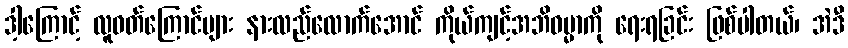
ဒါ့ကြောင့် လူဝတ်ကြောင်များ နားလည်လောက်အောင် ကိုယ်ကျင့်အဘိဓမ္မာကို ရေးရခြင်း ဖြစ်ပါတယ်၊ အဲဒီ